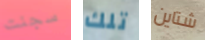
سجنت تلك شتاين